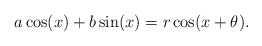
\begin{align*}a\cos(x)+b\sin(x)=r\cos(x+\theta).\end{align*}